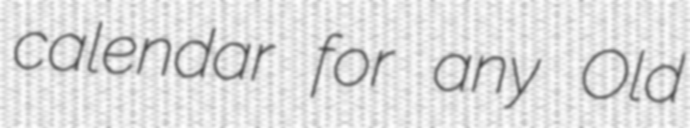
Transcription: calendar for any Old